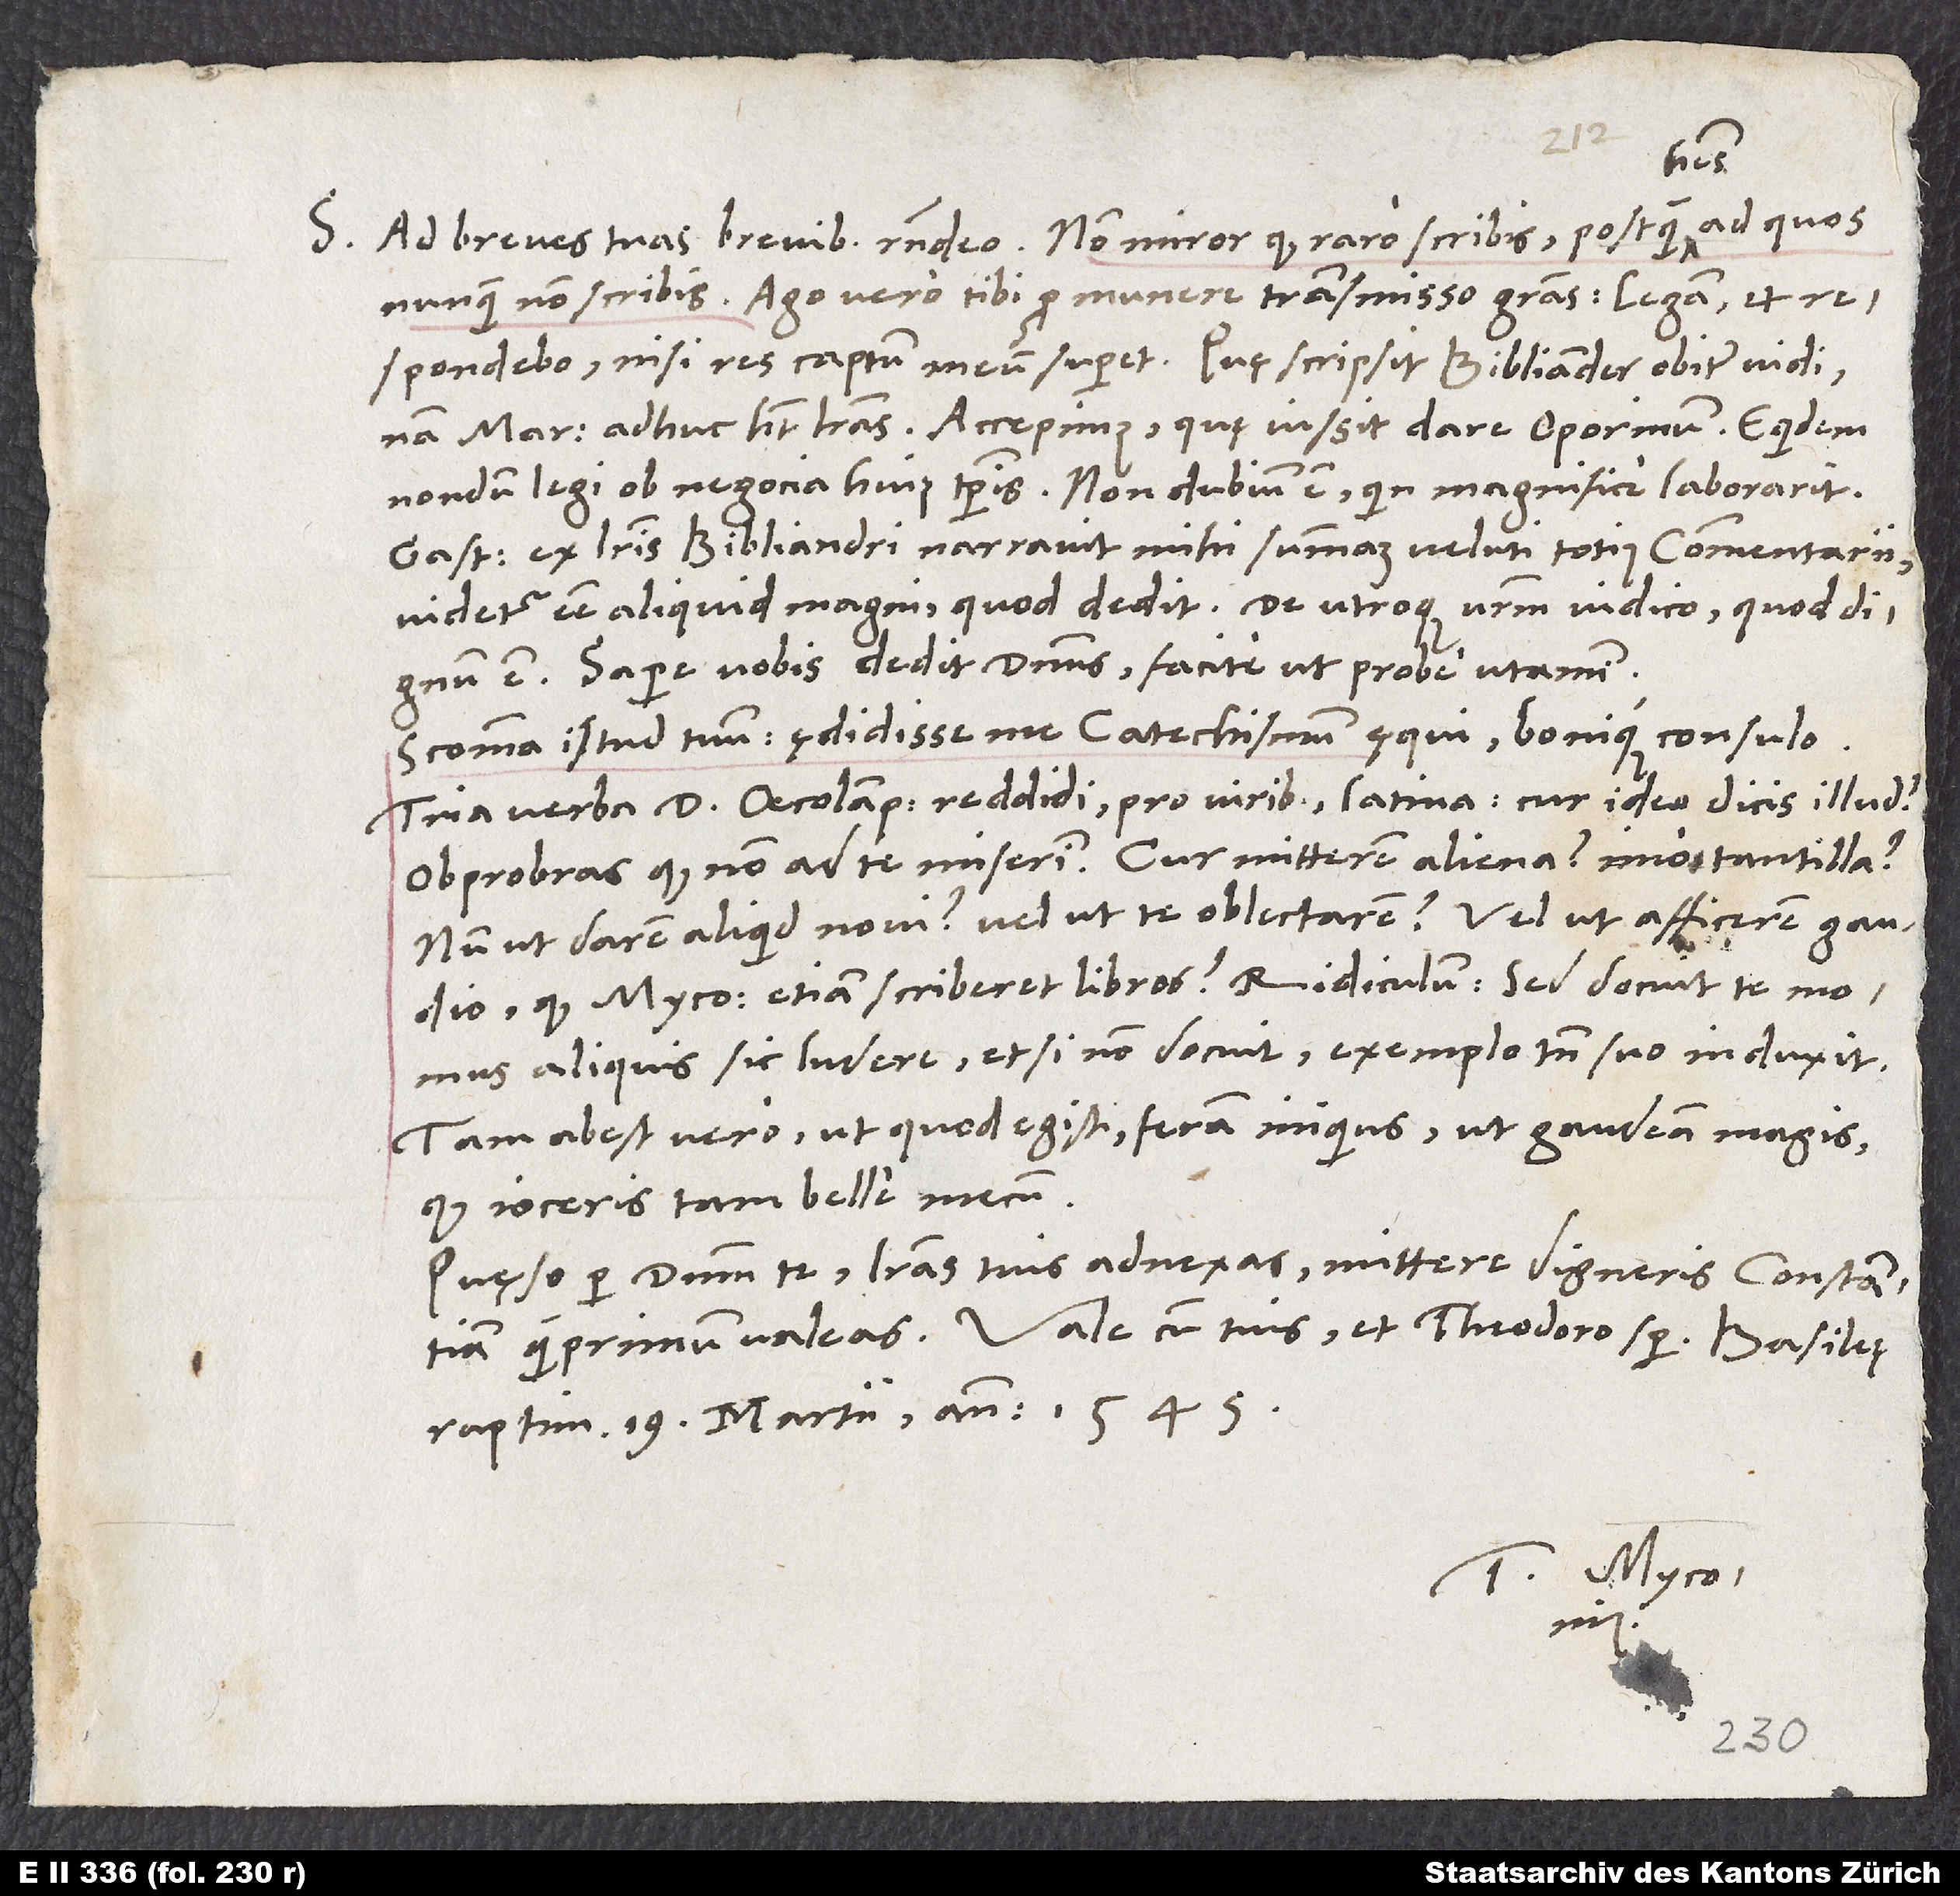
S. Ad breves tuas brevibus respondeo. Non miror, quod raro scribis, postquam habes,
nunquam non scribis. Ago vero tibi pro munere transmisso gratias. Legam et
respondebo, nisi res captum meum superet. Quę scripsit Bibliander, obiter vidi,
Marcus adhuc habet literas. Accepimus, quę iussit dare Oporinum. Equidem
nondum legi ob negocia huius temporis. Non dubium est, quin magnifice laborarit.
Gastius ex literis Bibliandri narravit mihi summam veluti totius Commentarii.
Videtur esse aliquid magni, quod dedit. De utroque vestrum iudico, quod dignum
est. Sapere vobis dedit dominus. Facite, ut probe utamini.
Scomma istud tuum, ędidisse me catechismum, ęqui bonique consulo.
verba d. Oecolampadii reddidi pro viribus Latina. Cur ideo dicis illud?
Obprobras, quod non ad te miserim? Cur mitterem aliena, imo tantilla?
Num, ut darem aliquid novi, vel ut te oblectarem, vel ut afficerem gaudio,
quod Myconius etiam scriberet libros? Ridiculum! Sed docuit te Momus
aliquis sic ludere, etsi non docuit, exemplo tamen suo induxit.
Tam abest vero, ut, quod egisti, feram iniquius! Ut gaudeam magis,
quod ioceris tam belle mecum.
Quęso per dominum te, literas tuis adnexas mittere digneris Constantiam,
raptim, 19. martii anno 1545.